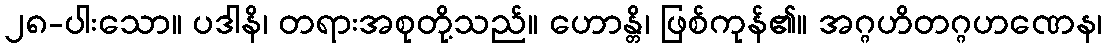
၂၈-ပါးသော။ ပဒါနိ၊ တရားအစုတို့သည်။ ဟောန္တိ၊ ဖြစ်ကုန်၏။ အဂ္ဂဟိတဂ္ဂဟဏေန၊